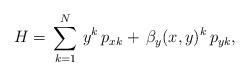
LaTeX: \begin{align*} H=\,\sum^N_{k=1}\,y^k\,p_{xk}+\,\beta_y(x,y)^k\,p_{yk}, \end{align*}